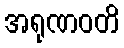
အရုဏဝတိ